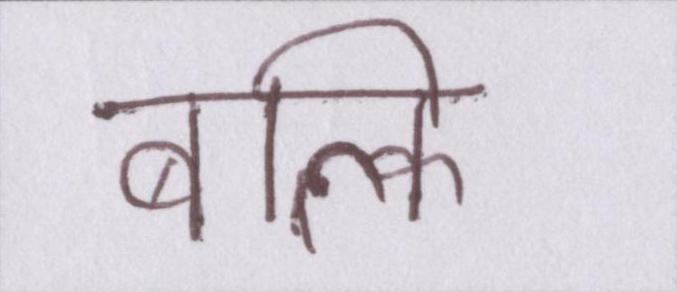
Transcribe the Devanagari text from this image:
बल्कि